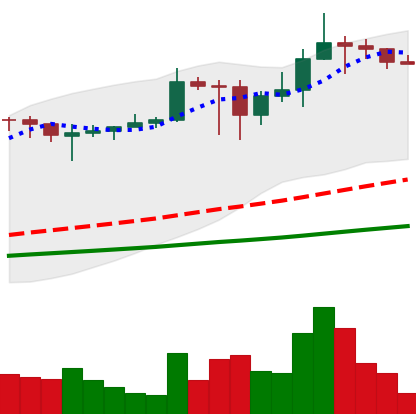
Ticker: ADA-USD
Chart end date: 2021-03-03
Forward return: -8.1%
Label: down_7plus